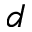
d